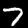
Label: 7